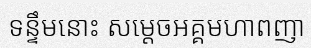
ទន្ទឹមនោះ សម្តេចអគ្គមហាពញា